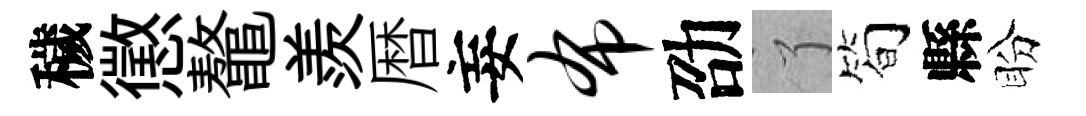
穢懲鼇羨暦妄布劭了筍縣盼